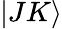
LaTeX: |JK\rangle